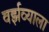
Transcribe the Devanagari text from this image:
वर्झव्याला